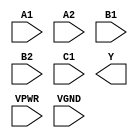
/**
 * Copyright 2020 The SkyWater PDK Authors
 *
 * Licensed under the Apache License, Version 2.0 (the "License");
 * you may not use this file except in compliance with the License.
 * You may obtain a copy of the License at
 *
 *     https://www.apache.org/licenses/LICENSE-2.0
 *
 * Unless required by applicable law or agreed to in writing, software
 * distributed under the License is distributed on an "AS IS" BASIS,
 * WITHOUT WARRANTIES OR CONDITIONS OF ANY KIND, either express or implied.
 * See the License for the specific language governing permissions and
 * limitations under the License.
 *
 * SPDX-License-Identifier: Apache-2.0
 */

`ifndef SKY130_FD_SC_HS__A221OI_PP_SYMBOL_V
`define SKY130_FD_SC_HS__A221OI_PP_SYMBOL_V

/**
 * a221oi: 2-input AND into first two inputs of 3-input NOR.
 *
 *         Y = !((A1 & A2) | (B1 & B2) | C1)
 *
 * Verilog stub (with power pins) for graphical symbol definition
 * generation.
 *
 * WARNING: This file is autogenerated, do not modify directly!
 */

`timescale 1ns / 1ps
`default_nettype none

(* blackbox *)
module sky130_fd_sc_hs__a221oi (
    //# {{data|Data Signals}}
    input  A1  ,
    input  A2  ,
    input  B1  ,
    input  B2  ,
    input  C1  ,
    output Y   ,

    //# {{power|Power}}
    input  VPWR,
    input  VGND
);
endmodule

`default_nettype wire
`endif  // SKY130_FD_SC_HS__A221OI_PP_SYMBOL_V